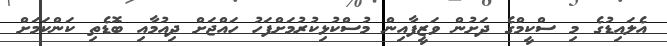
އެލައިޑުގެ މި ސްކީމްގެ ދަށުން ވަޒީފާއިން މުސްކުޅިކުރުމަށްފަހު ހައްޖަށް ދިއުމާއި ބޮޑެތި ކަންކަމަށް